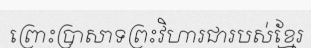
ព្រោះប្រាសាទព្រះវិហារជារបស់ខ្មែរ